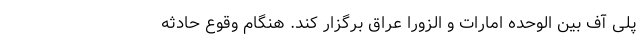
پلی آف بین الوحده امارات و الزورا عراق برگزار کند. هنگام وقوع حادثه